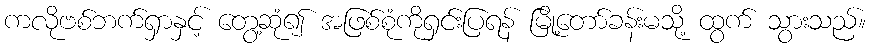
ကလိုဗစ်ဘက်ရှာနှင့် တွေ့ဆုံ၍ အဖြစ်စုံကိုရှင်းပြရန် မြို့တော်ခန်းမသို့ ထွက် သွားသည်။